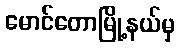
မောင်တောမြို့နယ်မှ